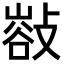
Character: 𢿁